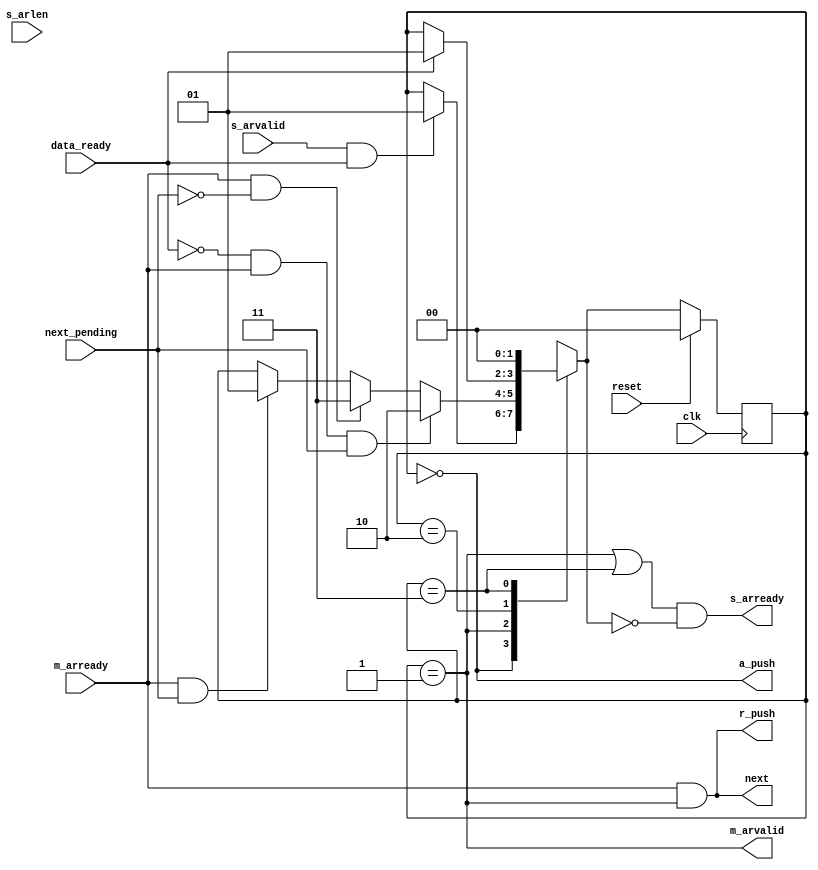
module axi_protocol_converter_v2_1_b2s_rd_cmd_fsm (
///////////////////////////////////////////////////////////////////////////////
// Port Declarations
///////////////////////////////////////////////////////////////////////////////
  input  wire                                 clk           ,
  input  wire                                 reset         ,
  output wire                                 s_arready       ,
  input  wire                                 s_arvalid       ,
  input  wire [7:0]                           s_arlen         ,
  output wire                                 m_arvalid        ,
  input  wire                                 m_arready      ,
  // signal to increment to the next mc transaction
  output wire                                 next          ,
  // signal to the fsm there is another transaction required
  input  wire                                 next_pending  ,
  // Write Data portion has completed or Read FIFO has a slot available (not
  // full)
  input  wire                                 data_ready    ,
  // status signal for w_channel when command is written.
  output wire                                 a_push        ,
  output wire                                 r_push
);

////////////////////////////////////////////////////////////////////////////////
// Local parameters
////////////////////////////////////////////////////////////////////////////////
// States
localparam SM_IDLE                = 2'b00;
localparam SM_CMD_EN              = 2'b01;
localparam SM_CMD_ACCEPTED        = 2'b10;
localparam SM_DONE                = 2'b11;

////////////////////////////////////////////////////////////////////////////////
// Wires/Reg declarations
////////////////////////////////////////////////////////////////////////////////
reg [1:0]       state;
// synthesis attribute MAX_FANOUT of state is 20;
reg [1:0]       state_r1;
reg [1:0]       next_state;
reg [7:0]       s_arlen_r;

////////////////////////////////////////////////////////////////////////////////
// BEGIN RTL
///////////////////////////////////////////////////////////////////////////////


// register for timing
always @(posedge clk) begin
  if (reset) begin
    state <= SM_IDLE;
    state_r1 <= SM_IDLE;
    s_arlen_r  <= 0;
  end else begin
    state <= next_state;
    state_r1 <= state;
    s_arlen_r  <= s_arlen;
  end
end

// Next state transitions.
always @( * ) begin
  next_state = state;
  case (state)
    SM_IDLE:
      if (s_arvalid & data_ready) begin
        next_state = SM_CMD_EN;
      end else begin
        next_state = state;
      end
    SM_CMD_EN:
    ///////////////////////////////////////////////////////////////////
    // Drive m_arvalid downstream in this state
      ///////////////////////////////////////////////////////////////////
      //If there is no fifo space
      if (~data_ready & m_arready & next_pending) begin
        ///////////////////////////////////////////////////////////////////
        //There is more to do, wait until data space is available drop valid
        next_state = SM_CMD_ACCEPTED;
      end else if (m_arready & ~next_pending)begin
         next_state = SM_DONE;
      end else if (m_arready & next_pending) begin
        next_state = SM_CMD_EN;
      end else begin
        next_state = state;
      end

    SM_CMD_ACCEPTED:
      if (data_ready) begin
        next_state = SM_CMD_EN;
      end else begin
        next_state = state;
      end

    SM_DONE:
        next_state = SM_IDLE;

      default:
        next_state = SM_IDLE;
  endcase
end

// Assign outputs based on current state.

assign m_arvalid  = (state == SM_CMD_EN);
assign next    = m_arready && (state == SM_CMD_EN);
assign         r_push  = next;
assign a_push  = (state == SM_IDLE);
assign s_arready = ((state == SM_CMD_EN) || (state == SM_DONE))  && (next_state == SM_IDLE);

endmodule